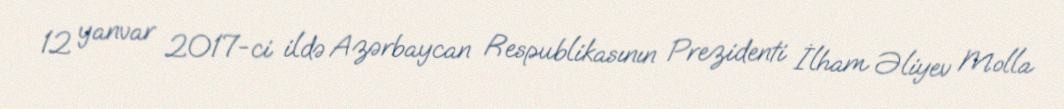
12 yanvar 2017-ci ildə Azərbaycan Respublikasının Prezidenti İlham Əliyev Molla